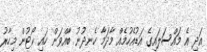
އަދި އެ މައްސަލައިގެ އަޑުއެހުމެއް މާދަމާ ހެނދުނު ބާއްވަން ހައި ކޯޓުން މިހާރު